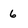
Character: 6